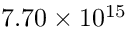
7 . 7 0 \times 1 0 ^ { 1 5 }